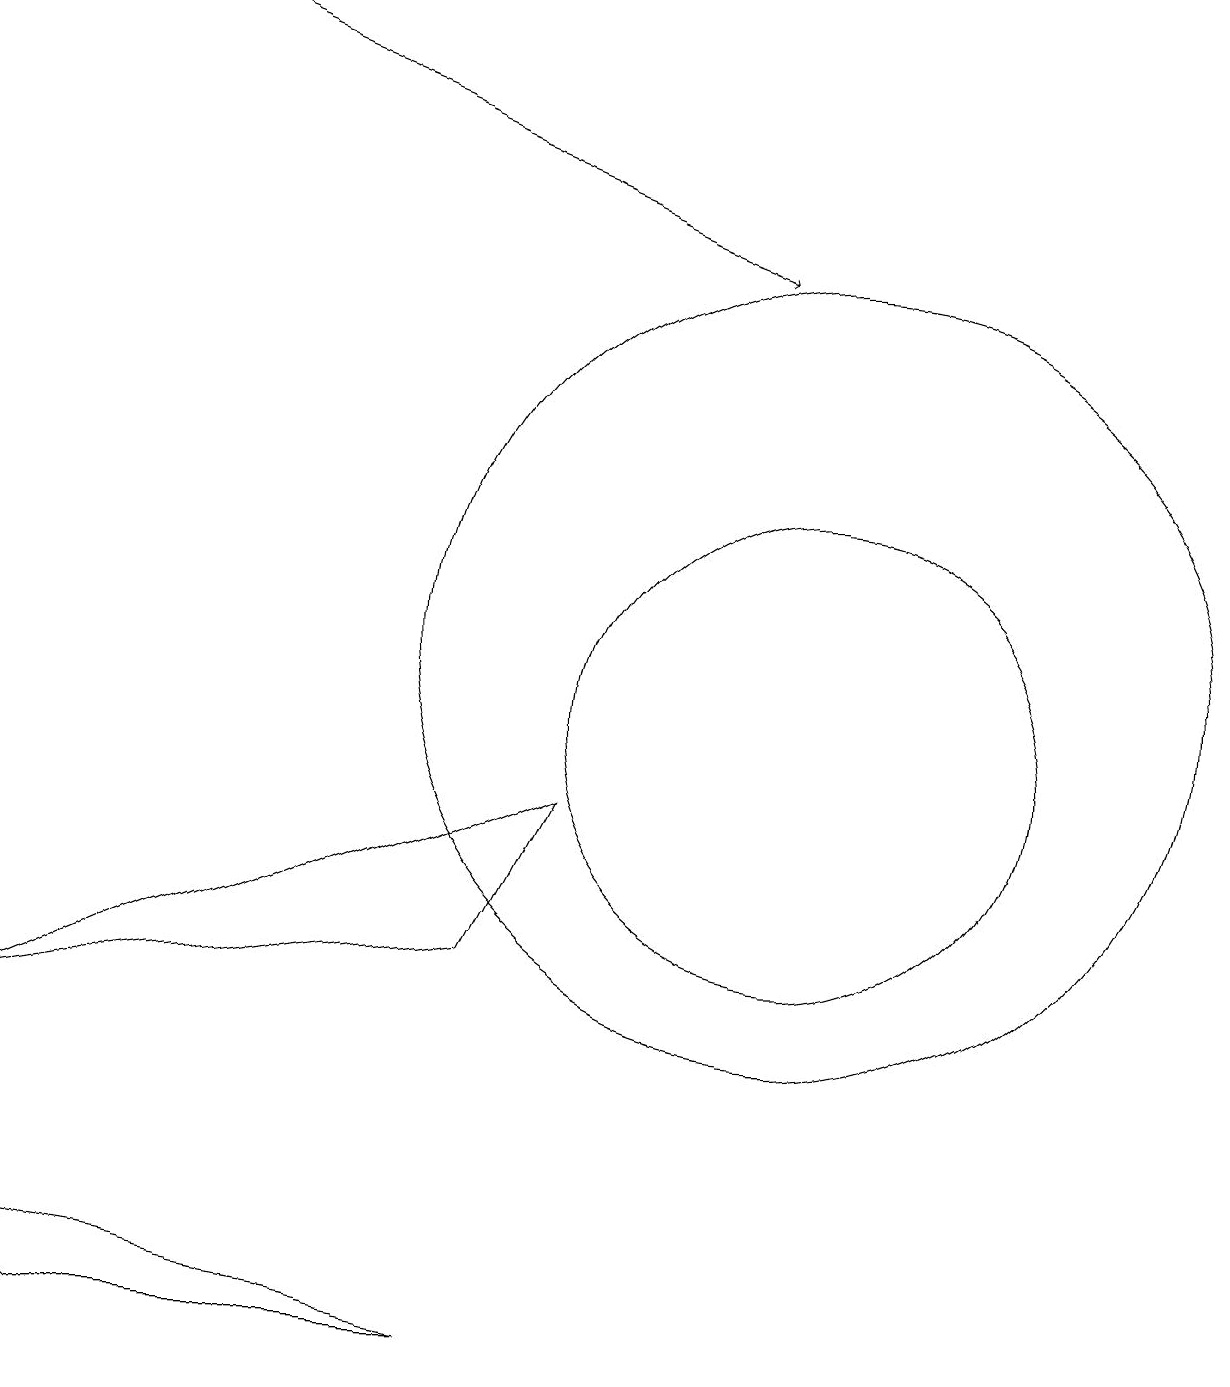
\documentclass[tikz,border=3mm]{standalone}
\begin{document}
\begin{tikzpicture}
\draw (6,7) -- (7,9) -- (0,6) -- cycle;
\draw (10,10) circle (3);
\draw (10,11) circle (5);
\draw[->] (1,19) -- (9,16);
\draw (0,3) -- (1,2) -- (6,2) -- cycle;
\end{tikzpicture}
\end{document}